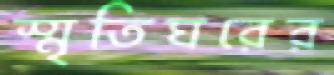
স্মৃতিঘরের